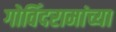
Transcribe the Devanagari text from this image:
गोविंदरामांच्या